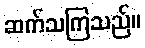
ဆက်သကြသည်။